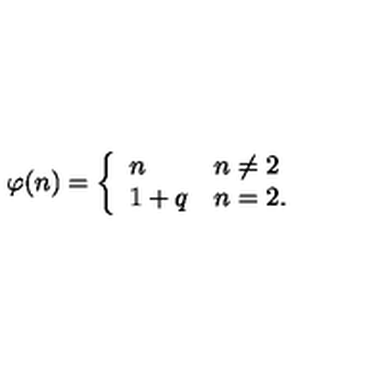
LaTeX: \varphi ( n ) = \left\{ \begin{array} { l l } { n } & { n \neq 2 } \\ { 1 + q } & { n = 2 . } \\ \end{array} \right.